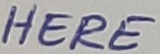
Text: HERE